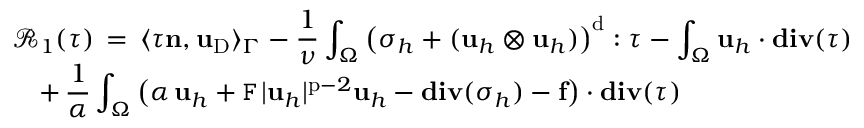
\begin{array} { l } { \displaystyle \mathcal { R } _ { 1 } ( { \boldsymbol \tau } ) \, = \, \langle { \boldsymbol \tau } { \mathbf { n } } , \mathbf { u } _ { \mathrm { D } } \rangle _ { \Gamma } - \frac { 1 } { \nu } \int _ { \Omega } \big ( { \boldsymbol \sigma } _ { h } + ( \mathbf { u } _ { h } \otimes \mathbf { u } _ { h } ) \big ) ^ { \mathrm { d } } : { \boldsymbol \tau } - \int _ { \Omega } \mathbf { u } _ { h } \cdot \mathbf { d i v } ( { \boldsymbol \tau } ) } \\ { \displaystyle \quad + \, \frac { 1 } { \alpha } \int _ { \Omega } \big ( \alpha \, \mathbf { u } _ { h } + \mathtt { F } \, | \mathbf { u } _ { h } | ^ { \mathrm { p } - 2 } \mathbf { u } _ { h } - \mathbf { d i v } ( { \boldsymbol \sigma } _ { h } ) - \mathbf { f } \big ) \cdot \mathbf { d i v } ( { \boldsymbol \tau } ) } \end{array}